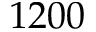
1 2 0 0